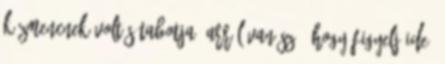
Kázmencnek volt sétabotja. Arról van szó, hogy figyelj ide.